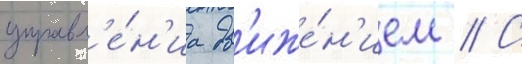
управл'е́н'иа дв'иже́н'ием // С